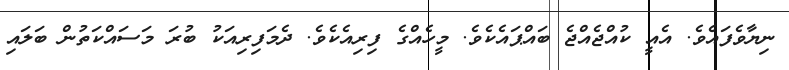
ނިޔާވެފައެވެ. އެއީ ކުއްޖެއްޖެ ބައްޕައެކެވެ. މީހެއްގެ ފިރިއެކެވެެ. ދެމަފިރިއަކު ބުރަ މަސައްކަތުން ބަލައި